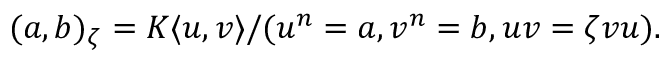
( a , b ) _ { \zeta } = K \langle u , v \rangle / ( u ^ { n } = a , v ^ { n } = b , u v = \zeta v u ) .